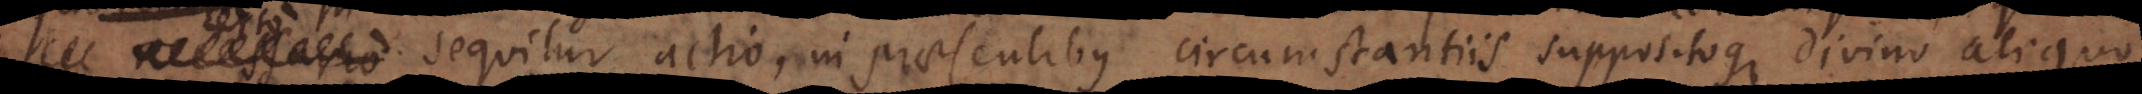
necessario sequitur actio, in praesentibus circumstantiis suppositoque divino aliquo